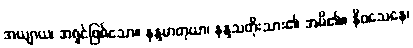
အယျာယ၊ အရှင်ဖြစ်သော။ နန္ဒမာတုယာ၊ နန္ဒသတိုးသား၏ အမိ၏။ နိဝသေနေ၊